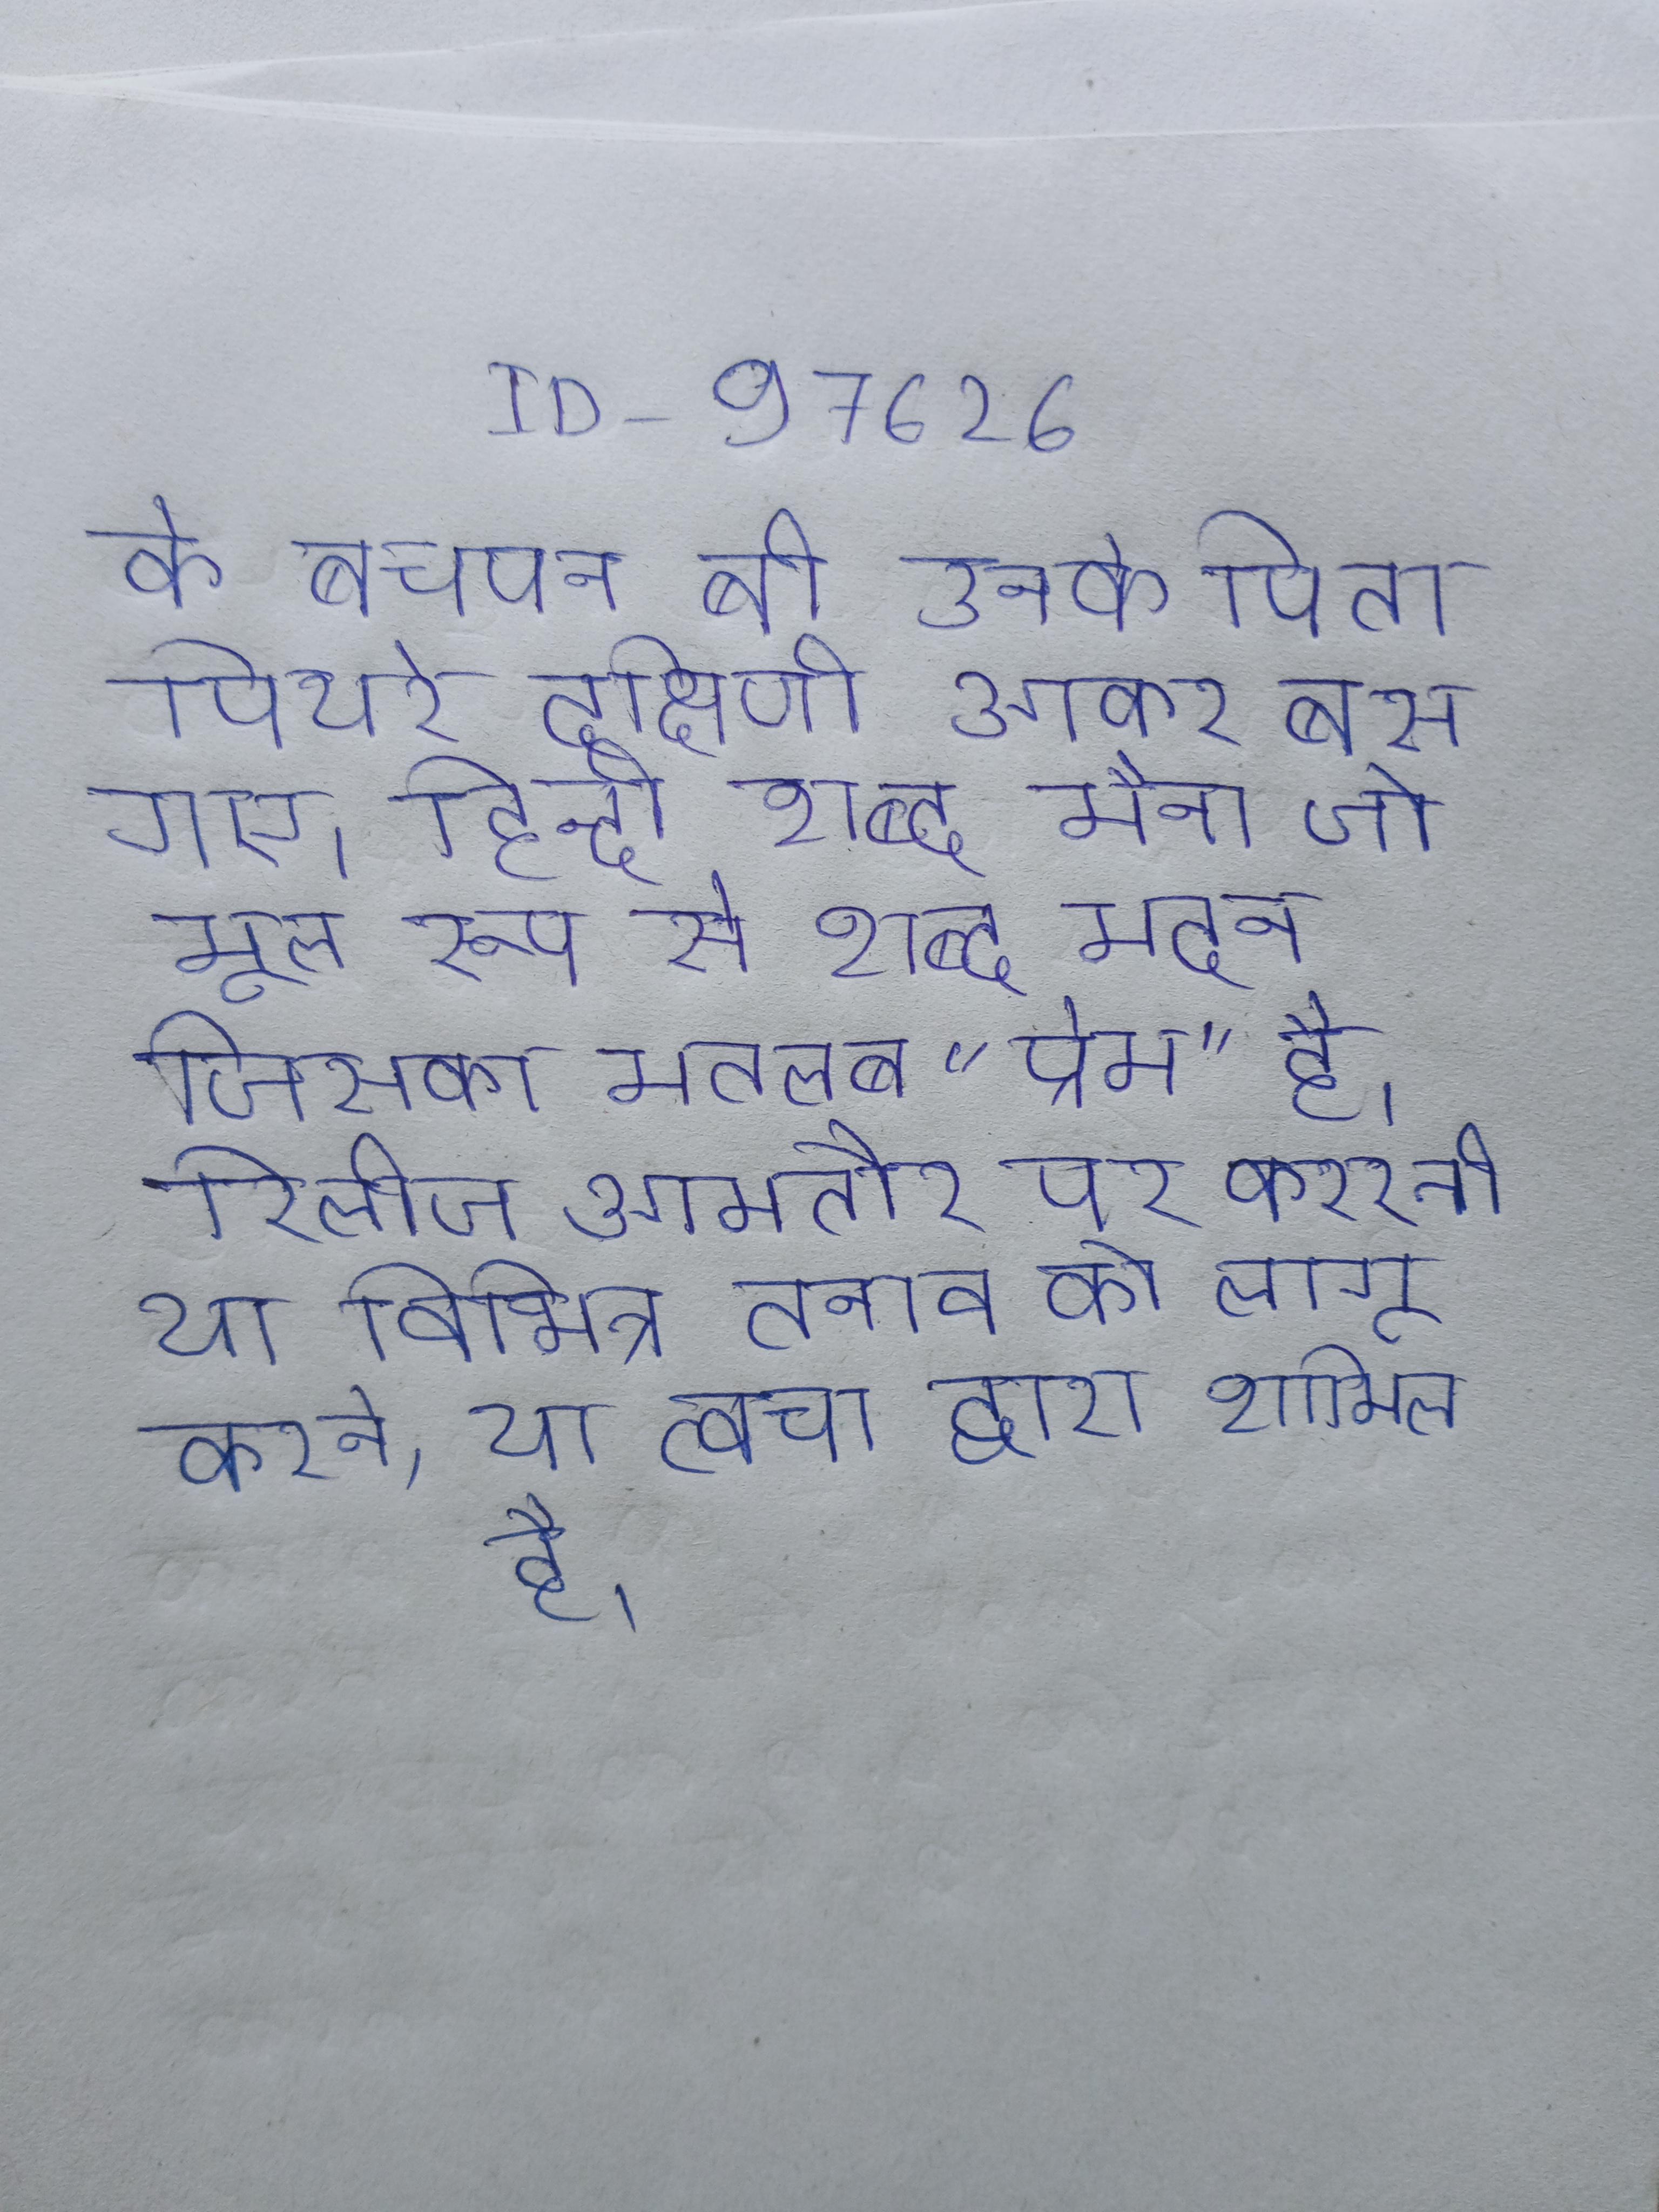
के बचपन बी उनके पिता पियरे दक्षिणी आकर बस गए । हिन्दी शब्द मैना जो मूल रूप से शब्द मदन जिसका मतलब "प्रेम" है । रिलीज आमतौर पर कतरनी या विभिन्न तनाव को लागू करने, या त्वचा द्वारा शामिल है ।